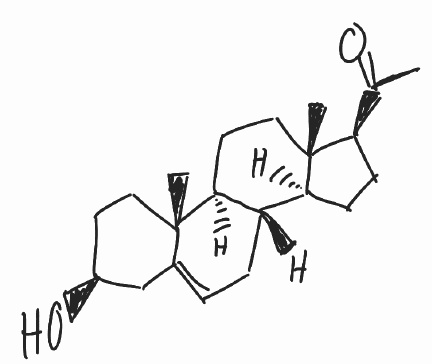
Simplified molecular-input line-entry system (SMILES) notation of the given molecule:
CC(=O)[C@H]1CC[C@@H]2[C@@]1(CC[C@H]3[C@H]2CC=C4[C@@]3(CC[C@@H](C4)O)C)C